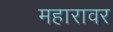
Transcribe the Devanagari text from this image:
महारावर